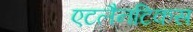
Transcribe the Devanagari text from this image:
एटलैनटिकस